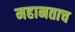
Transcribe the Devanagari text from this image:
महानताच